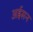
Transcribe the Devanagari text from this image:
अईसन